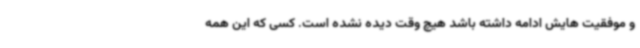
و موفقیت هایش ادامه داشته باشد هیچ وقت دیده نشده است. کسی که این همه